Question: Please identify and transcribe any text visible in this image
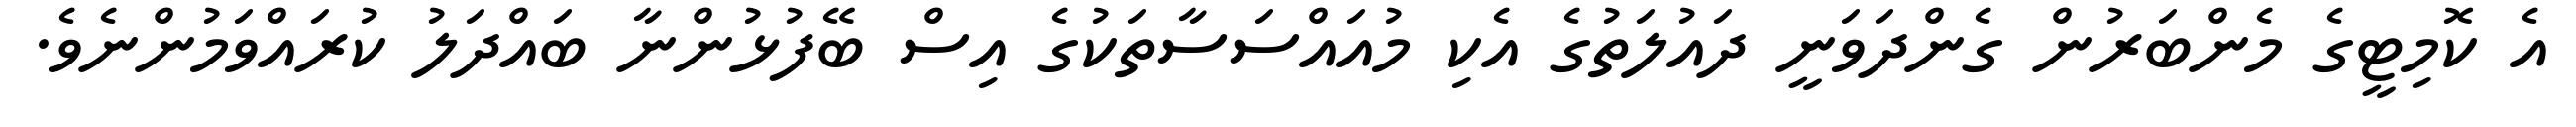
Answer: އެ ކޮމިޓީގެ މެންބަރުން ގެންދަވަނީ ދައުލަތުގެ އެކި މުއައްސަސާތަކުގެ އިސް ބޭފުޅުންނާ ބައްދަލު ކުރައްވަމުންނެވެ.